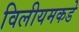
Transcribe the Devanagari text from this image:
विलीयमकडे